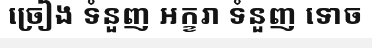
ច្រៀង ទំនួញ អក្ខរា ទំនួញ ទោច